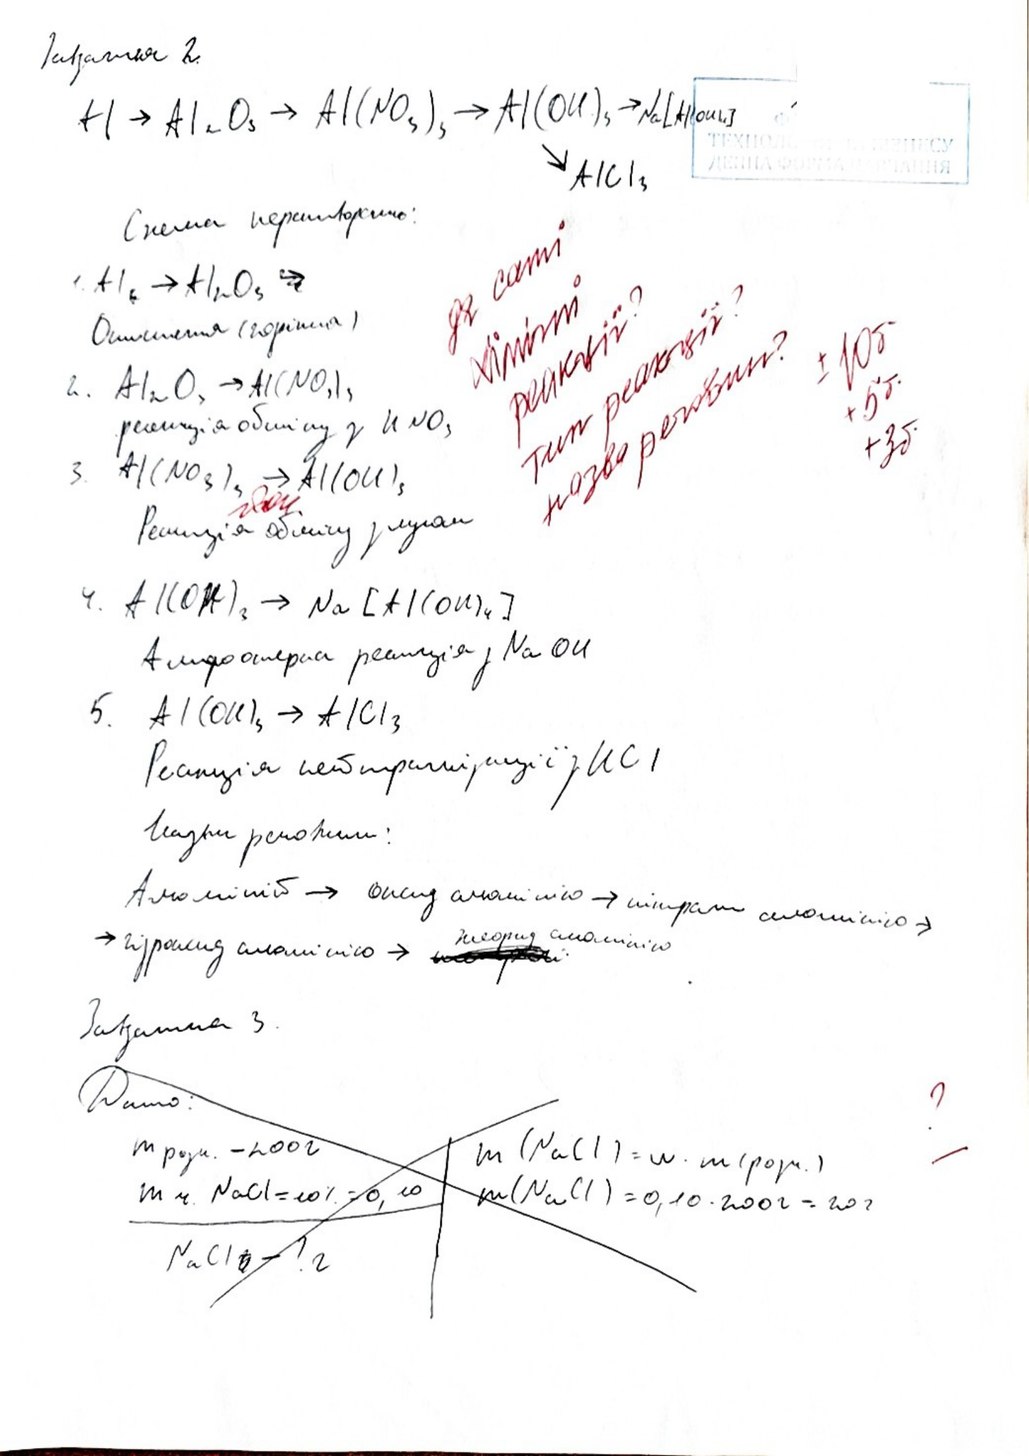
Завдання 2
Al → Al2O3 → Al(NO3)3 → Al(OH)3 → Na[Al(OH)4]
↘AlCl3
Схема перетворень:
Де самі хімічні реакції? тип реакції? Назва речовини
1. Al6 → Al2O3 →
Окислення (горіння)
+10б +5б+3б
2. AI2O3 → AI(NO3)3
реакція обміну з KNO3
3. Al(NO3)3 → Al(OH)3
йод
Реакція обміну з лугом
4. Al(OH)3 → Na [Al(OH)4]
Амфотерна реакція з NaOH
5. Al(OH)3 → AlCl3
Реакція нейтралізації з HCl
Алюміній → оксид алюмінію → нітрат алюмінію →
-> гідроксид алюмінію -> ~~ [illegible]~~  хлорид алюмінію.
Завдання 3.
?
~~Дано:~~
~~m poyu. - 200г~~
~~m (NaCl) = w · m (poзв.)~~
~~m r. NaCl = 10% = 0, 10~~
~~m(NaCl) = 0,10 · 200 г = 20 г~~
~~NaClOb - ?г~~